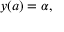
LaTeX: y ( a ) = \alpha ,